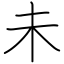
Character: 未